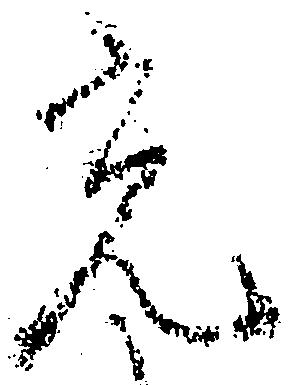
光